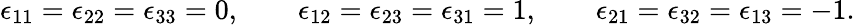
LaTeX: \epsilon_{11}=\epsilon_{22}=\epsilon_{33}=0,\qquad\epsilon_{12}=\epsilon_{23}=\epsilon_{31}=1,\qquad\epsilon_{21}=\epsilon_{32}=\epsilon_{13}=-1.